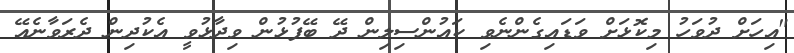
"އިހަށް ދުވަހު މިކޮޅަށް ވަޑައިގެންނެވި ކައުންސިލިން ދޭ ބޭފުޅުން ވިދާޅުވީ އެކުދިން ދެރަވާނެއޭ